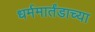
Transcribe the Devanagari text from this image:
धर्ममार्तंडाच्या